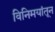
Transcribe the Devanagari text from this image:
विनिमयांतून